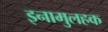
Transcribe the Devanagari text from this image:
इनामुलहक